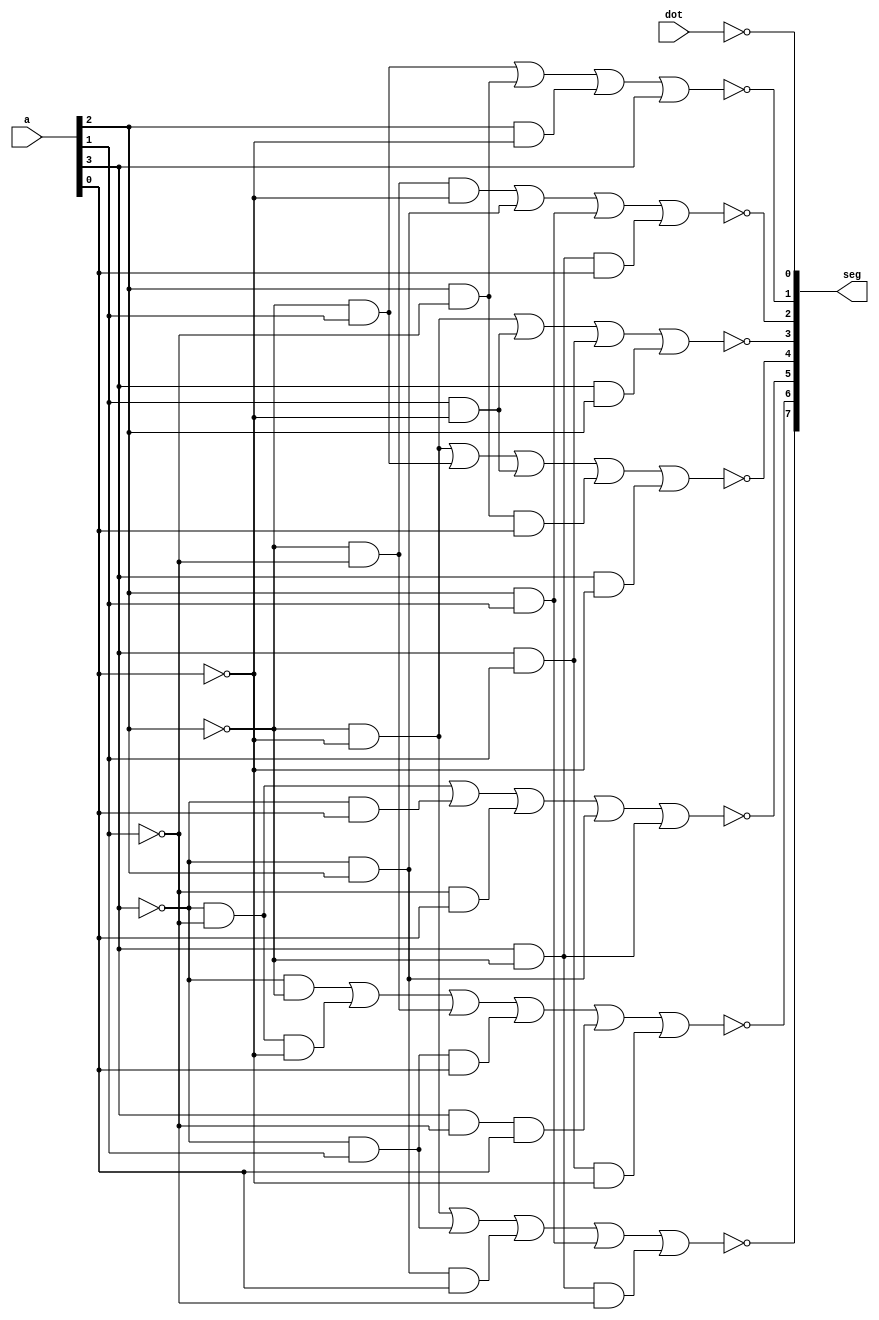
module dec_7seg ( // 7 segment decoder
		a, // 4 bit input
		seg,
		dot); // 8 bit output
		
input [3:0] a;
input dot;
output [7:0] seg;

assign seg[7] = ~(~a[2]&~a[0] | ~a[3]&a[1] | ~a[3]&a[2]&a[0] | a[2]&a[1] | a[3]&~a[2]&~a[1]);
assign seg[6] = ~(~a[3]&~a[2] | ~a[3]&~a[1]&~a[0] | ~a[2]&~a[1] | ~a[3]&a[1]&a[0] | a[3]&~a[1]&a[0] | a[3]&a[1]&~a[0]);
assign seg[5] = ~(~a[3]&~a[1] | ~a[3]&a[0] | ~a[1]&a[0] | ~a[3]&a[2] | a[3]&~a[2]);
assign seg[4] = ~(~a[2]&~a[0] | ~a[2]&a[1] | a[1]&~a[0] | a[2]&~a[1]&a[0] | a[3]&~a[0]);
assign seg[3] = ~(~a[2]&~a[0] | a[1]&~a[0] | a[3]&a[1] | a[3]&a[2]);
assign seg[2] = ~(~a[2]&~a[1]&~a[0] | ~a[3]&a[2] | a[2]&a[1] | a[3]&~a[2]&a[0]);
assign seg[1] = ~(~a[2]&a[1] | a[2]&~a[1] | a[2]&~a[0] | a[3]);
assign seg[0] = ~(dot);

endmodule